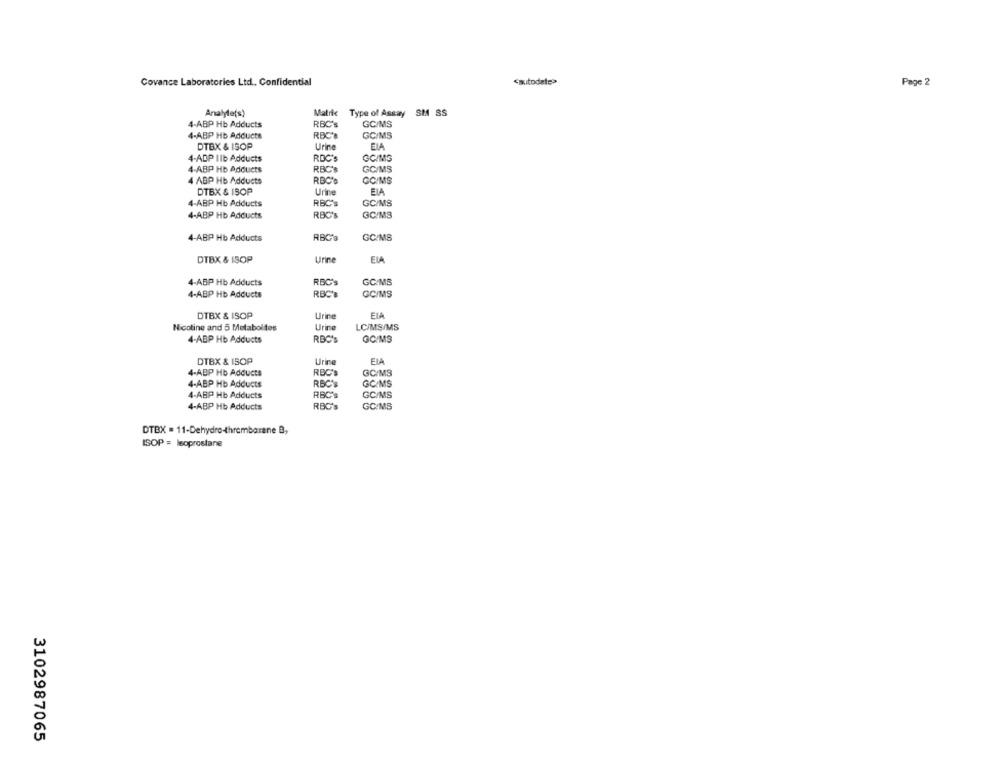
Covance Laboratories Ltd. Confidential
<autodate>
Page 2
Analyte(s)
Matric
Type of Assay SM SS
RBC's
GC/MS
4-ABP Hb Adducts
4-ABP Hb Adducts
GC/MS
DTBX & ISOP
Urine
EIA
4-ADP IIb Adducts
RDC's
GC/MS
RBC'S
GC/MS
4-ABP Hb Adducts
4 ABP Hb Adducts
RBCY
GC/MS
DTBX & ISOP
Urine
EIA
4-ABP Hb Adducts
RBC's
GC/MS
RBC'S
4-ABP Hb Adducts
GC/MS
RBC's
GC/MS
4-ABP Hb Adducts
DTBX & ISOP
Urine
ELA
4-ABP Hb Adducts
RBC's
GC/MS
4-ABP Hb Adducts
RBC
GC/MS
EIA
DTBX & ISOP
Urine
Nicotine and 5 Metabolites
Urine
LC/MS/MS
4-ABP Hb Adducts
RBC's
GC/MS
DTBX & ISOP
Urine
EIA
4-ABP Hb Adducts
RBC'S
GC/MS
4-ABP Hb Adducts
RBC'S
GC/MS
4-ABP Hb Adducts
RBC's
GC/MS
4-ABP Hb Adducts
RBC's
GC/MS
DTBX = 11-Dehydro-thrembarane B,
ISOP = Isoprostane
3102987065